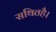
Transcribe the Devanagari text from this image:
सथितहै।